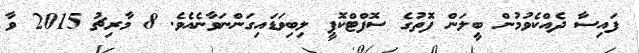
ފައިސާ ދެއްކެވުމުން ބީލަން ފޮތުގެ ސޮފްޓްކޮޕީ ލިބިވަޑައިގަންނަވާނެއެވެ. 8 މާރިޗު 2015 ވާ